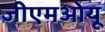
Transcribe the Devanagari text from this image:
जीएमओयू